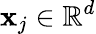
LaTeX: \mathbf{x}_{j}\in\mathbb{R}^{d}